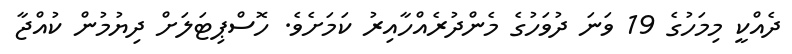
ދެއްކީ މިމަހުގެ 19 ވަނަ ދުވަހުގެ މެންދުރެއްހާއިރު ކަމަށެވެ. ހޮސްޕިޓަލަށް ދިޔުުމުން ކުއްޖާ